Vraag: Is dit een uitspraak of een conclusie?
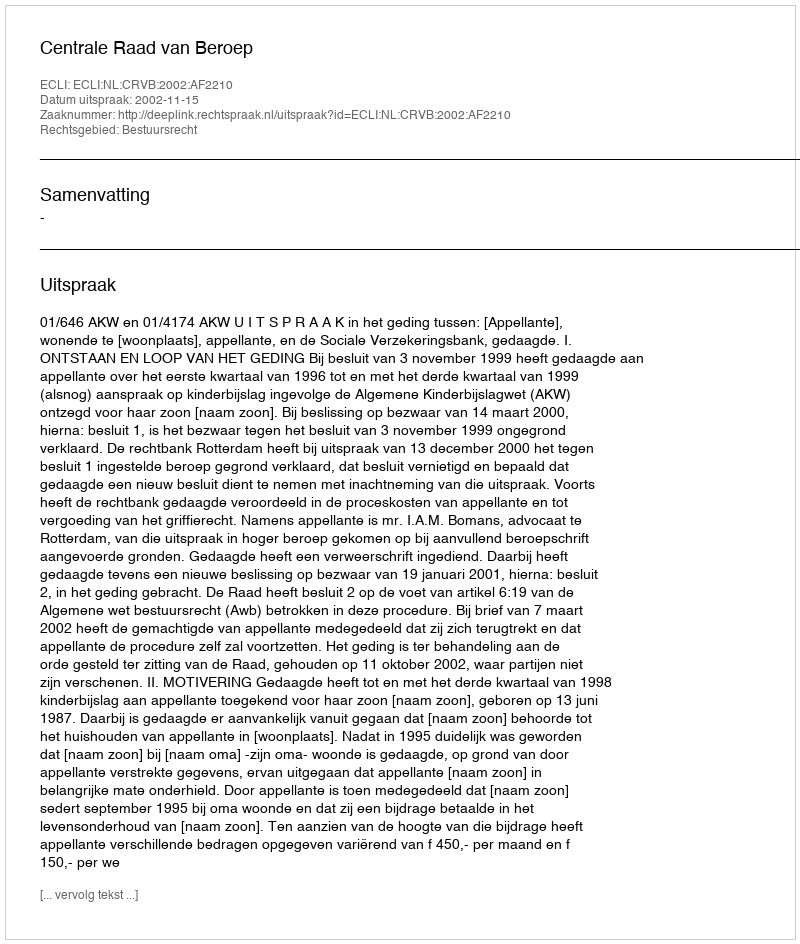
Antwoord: Uitspraak